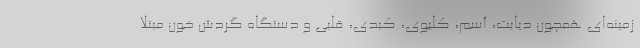
زمینه‌ای همچون دیابت، آسم، کلیوی، کبدی، قلبی و دستگاه گردش خون مبتلا